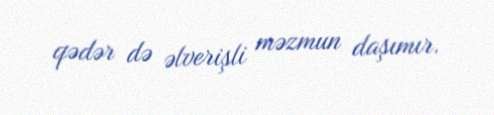
qədər də əlverişli məzmun daşımır.